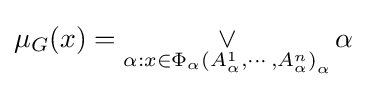
\mu _{G}(x)=\mathop {\vee } _{\alpha :x\in \Phi _{\alpha }\left({A_{\alpha }^{1},\cdots ,A_{\alpha }^{n}}\right)_{\alpha }}\alpha